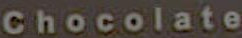
Chocolate